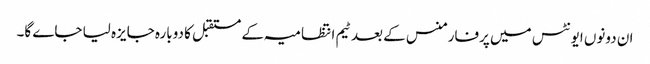
ان دونوں ایونٹس میں پرفارمنس کے بعد ٹیم انتظامیہ کے مستقبل کا دوبارہ جایزہ لیا جاے گا۔